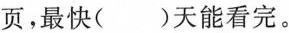
页，最快()天能看完。